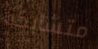
متشابكة